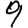
Digit: 9